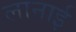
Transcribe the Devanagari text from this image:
लानाई